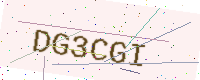
Text: DG3CGI